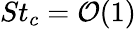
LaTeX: St_{c}=\mathcal{O}({1})